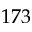
1 7 3